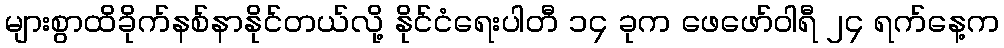
များစွာထိခိုက်နစ်နာနိုင်တယ်လို့ နိုင်ငံရေးပါတီ ၁၄ ခုက ဖေဖော်ဝါရီ ၂၄ ရက်နေ့က